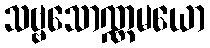
သဗ္ဗသောဏ္ဏမယော